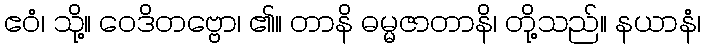
ဧဝံ၊ သို့။ ဝေဒိတဗ္ဗော၊ ၏။ တာနိ ဓမ္မဇာတာနိ၊ တို့သည်။ နယာနံ၊